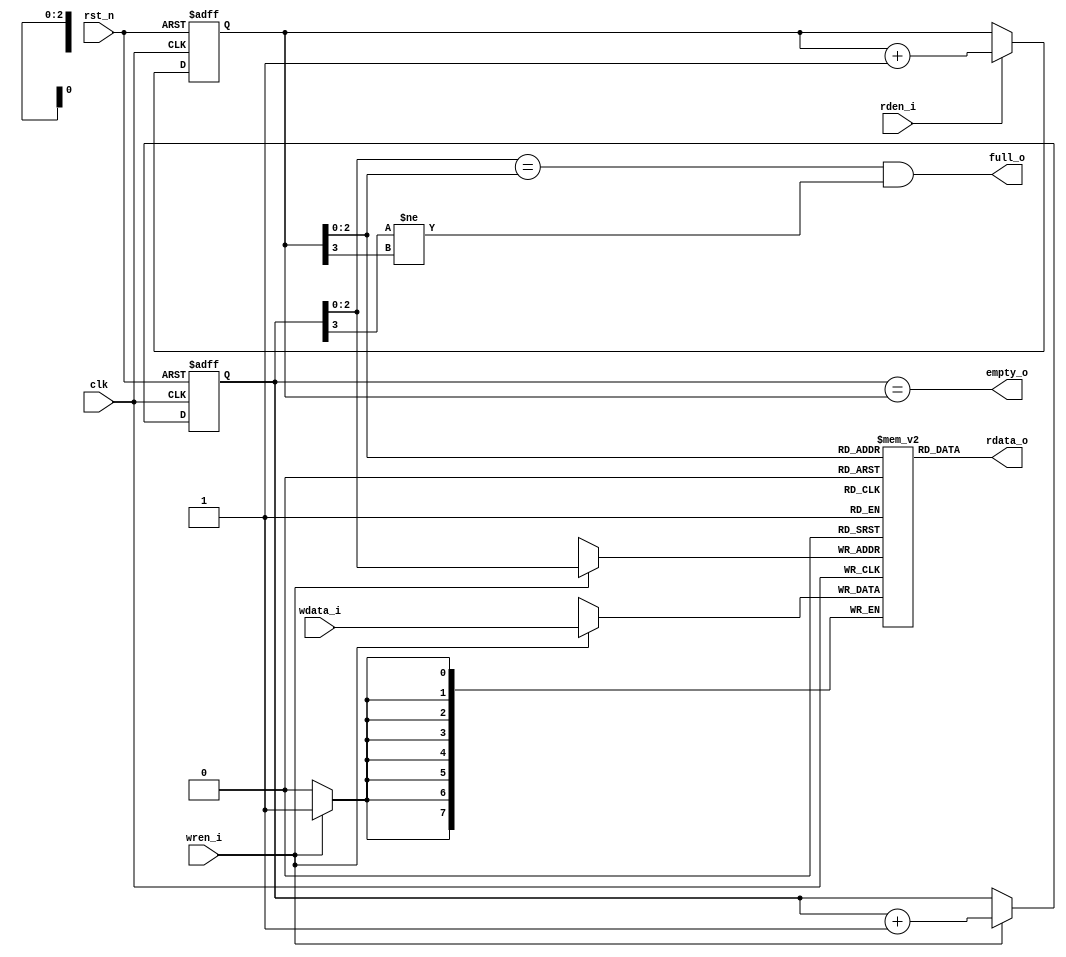
module FIFO #(
    parameter DATA_WIDTH = 8,
    parameter FIFO_DEPTH = 8    //  2, 4, 8 ... 
    )(
    input                       clk,
    input                       rst_n,
    input                       wren_i,
    input                       rden_i,
    input   [DATA_WIDTH-1:0]    wdata_i,
    output  [DATA_WIDTH-1:0]    rdata_o,
    output                      full_o,
    output                      empty_o
    );
    
    localparam FIFO_DEPTH_LG2 = $clog2(FIFO_DEPTH);
    
    reg [FIFO_DEPTH_LG2:0] wrptr;
    reg [FIFO_DEPTH_LG2:0] rdptr;
    
    // Write pointer counter seq logic
    always @(posedge clk, negedge rst_n) begin
        if (!rst_n) begin
            wrptr <= {(FIFO_DEPTH_LG2+1){1'b0}};
        end else if (wren_i) begin
            wrptr <= wrptr + 'd1;
        end
    end
    
    // Read pointer counter seq logic   
    always @(posedge clk, negedge rst_n) begin
        if (!rst_n) begin
            rdptr <= {(FIFO_DEPTH_LG2+1){1'b0}};
        end else if (rden_i) begin
            rdptr <= rdptr + 'd1;
        end
    end
    
    // mem(This part is replace by any other memroy & inteface)
    reg [DATA_WIDTH-1:0] mem [0:FIFO_DEPTH-1];
    
    // Write
    always @(posedge clk) begin
        if (wren_i) begin
            mem[wrptr[FIFO_DEPTH_LG2-1:0]] <= wdata_i;
        end
    end
    
    // Read
    assign rdata_o = mem[rdptr[FIFO_DEPTH_LG2-1:0]];
    
    // Full & empty check
    assign empty_o  =   (wrptr==rdptr);
    assign full_o   =   (wrptr[FIFO_DEPTH_LG2-1:0]==rdptr[FIFO_DEPTH_LG2-1:0]) & 
                        (wrptr[FIFO_DEPTH_LG2] != rdptr[FIFO_DEPTH_LG2]);


endmodule